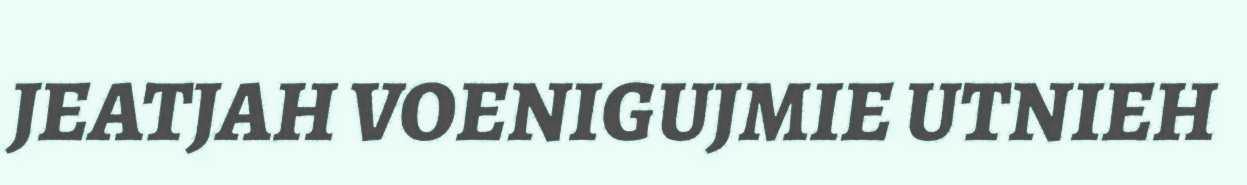
JEATJAH VOENIGUJMIE UTNIEH